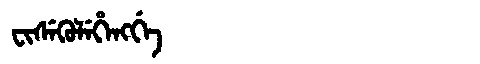
Manchu: ᠸᡳᠰᡝᡴᡠᠯᡝᡥᡝᠩᡤᡝ
Romanization: FISEKULEHENGGE